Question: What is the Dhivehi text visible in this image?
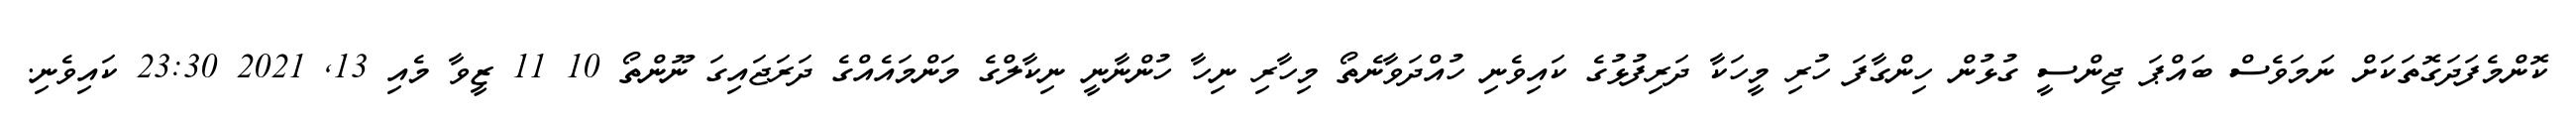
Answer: ކޮންމެފަދަގޮތަކަށް ނަމަވެސް ބައްޕަ ޖިންސީ ގުޅުން ހިންގާފަ ހުރި މީހަކާ ދަރިފުޅުގެ ކައިވެނި ހުއްދަވާނެތޯ މިހާރި ނިހާ ހުންނާނީ ނިކާލްގެ މަންމައެއްގެ ދަރަޖައިގަ ނޫންތޯ 10 11 ޒީވާ މެއި 13, 2021 23:30 ކައިވެނި.